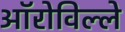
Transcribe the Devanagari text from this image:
ऑरोविल्ले